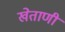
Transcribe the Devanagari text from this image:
खेताणी